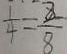
\frac { 1 } { 4 } = \frac { 2 } { 8 }